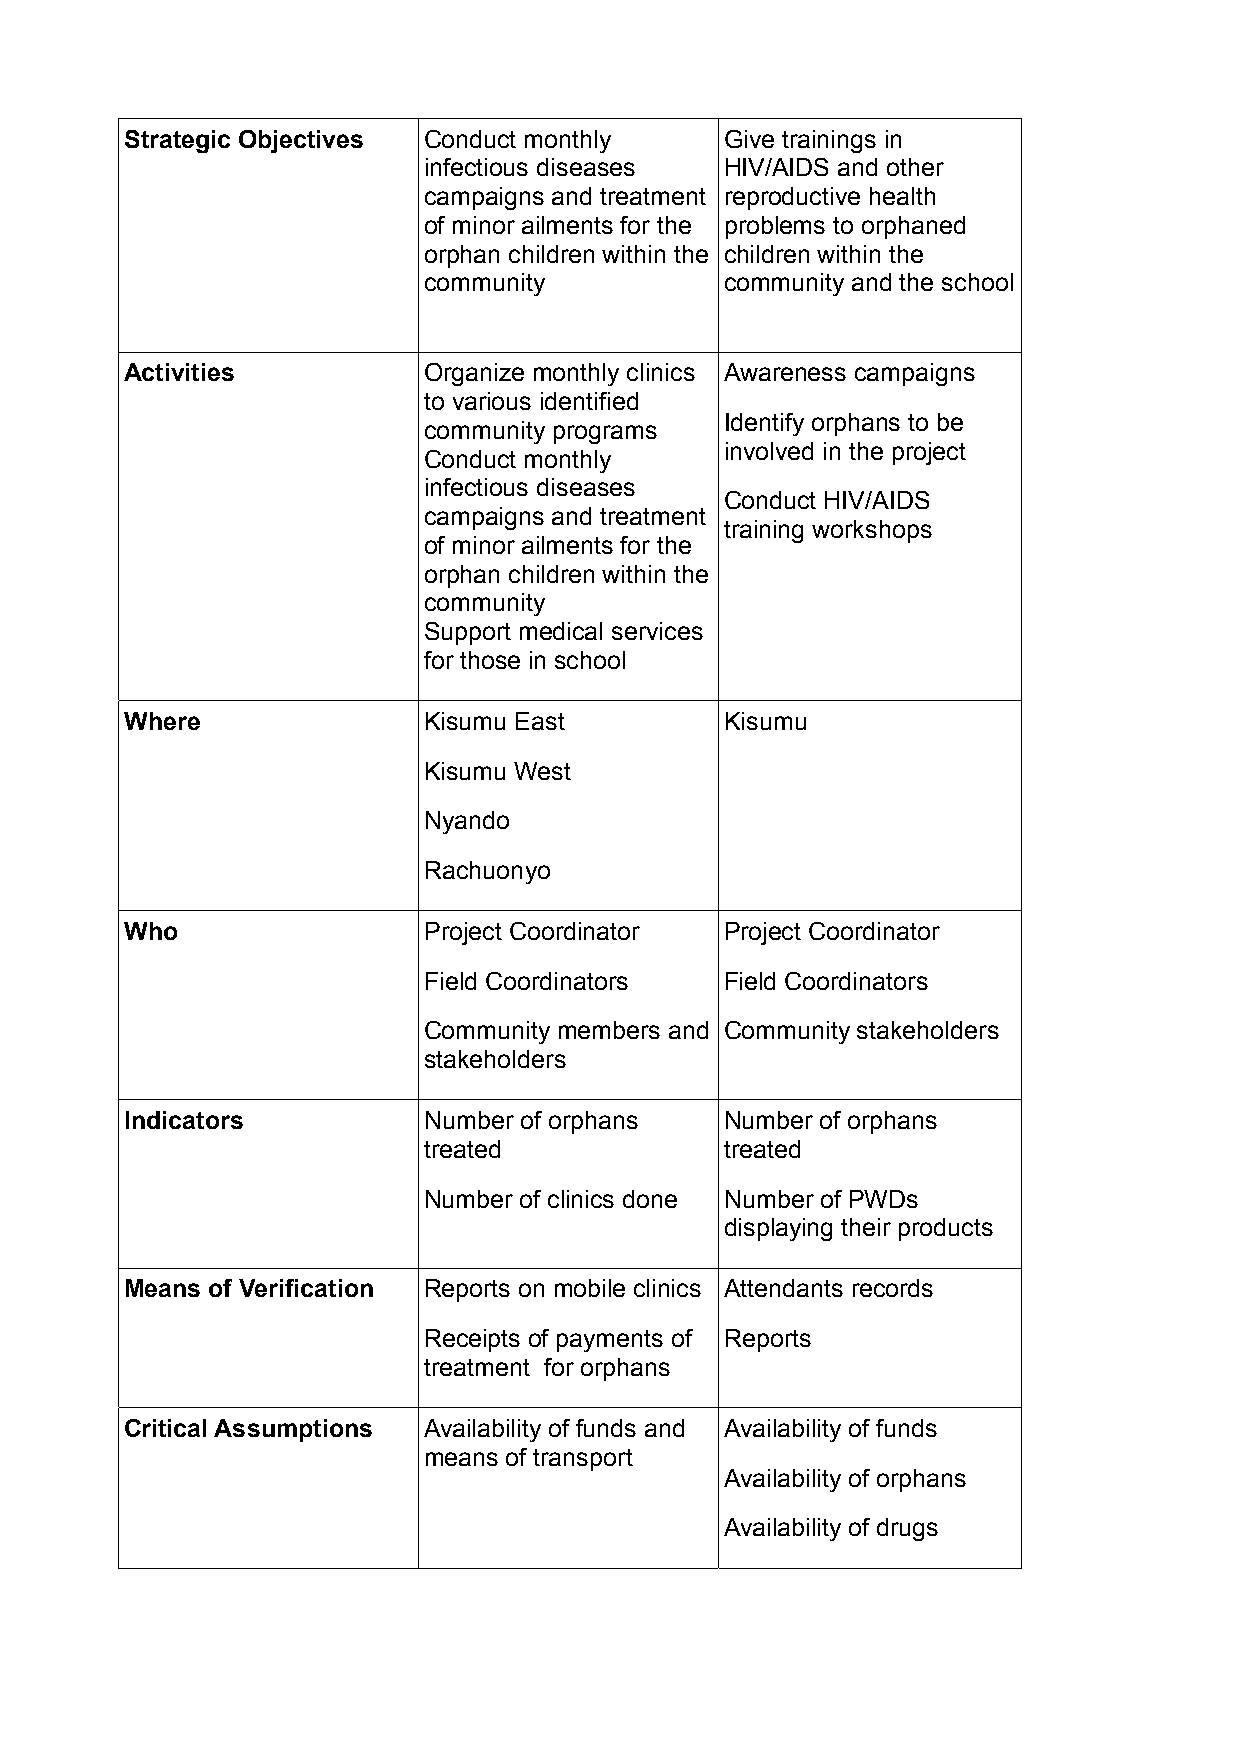
Strategic Objectives Conduct monthly    Give trainings in
 infectious diseases HIV/AIDS and other
 campaigns and treatment reproductive health
 of minor ailments for the problems to orphaned
 orphan children within the children within the
 community           community and the school
 Activities          Organize monthly clinics Awareness campaigns
 to various identified
 Identify orphans to be
 community programs
 involved in the project
 Conduct monthly
 infectious diseases
 Conduct HIV/AIDS
 campaigns and treatment
 training workshops
 of minor ailments for the
 orphan children within the
 community
 Support medical services
 for those in school
 Where               Kisumu East         Kisumu
 Kisumu West
 Nyando
 Rachuonyo
 Who                 Project Coordinator Project Coordinator
 Field Coordinators  Field Coordinators
 Community members and Community stakeholders
 stakeholders
 Indicators          Number of orphans   Number of orphans
 treated             treated
 Number of clinics done Number of PWDs
 displaying their products
 Means of Verification Reports on mobile clinics Attendants records
 Receipts of payments of Reports
 treatment for orphans
 Critical Assumptions Availability of funds and Availability of funds
 means of transport
 Availability of orphans
 Availability of drugs